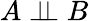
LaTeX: A\perp\! \! \! \perp B